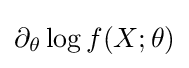
\partial _{\theta }\log f(X;\theta )